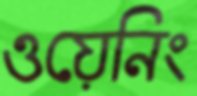
ওয়েনিং